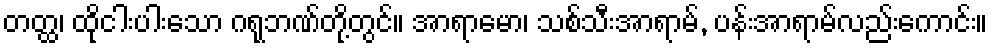
တတ္ထ၊ ထိုငါးပါးသော ဂရုဘဏ်တို့တွင်။ အာရာမော၊ သစ်သီးအာရာမ်, ပန်းအာရာမ်လည်းကောင်း။